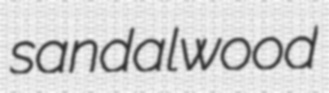
sandalwood